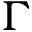
\Gamma